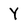
Character: Y